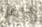
أحصل